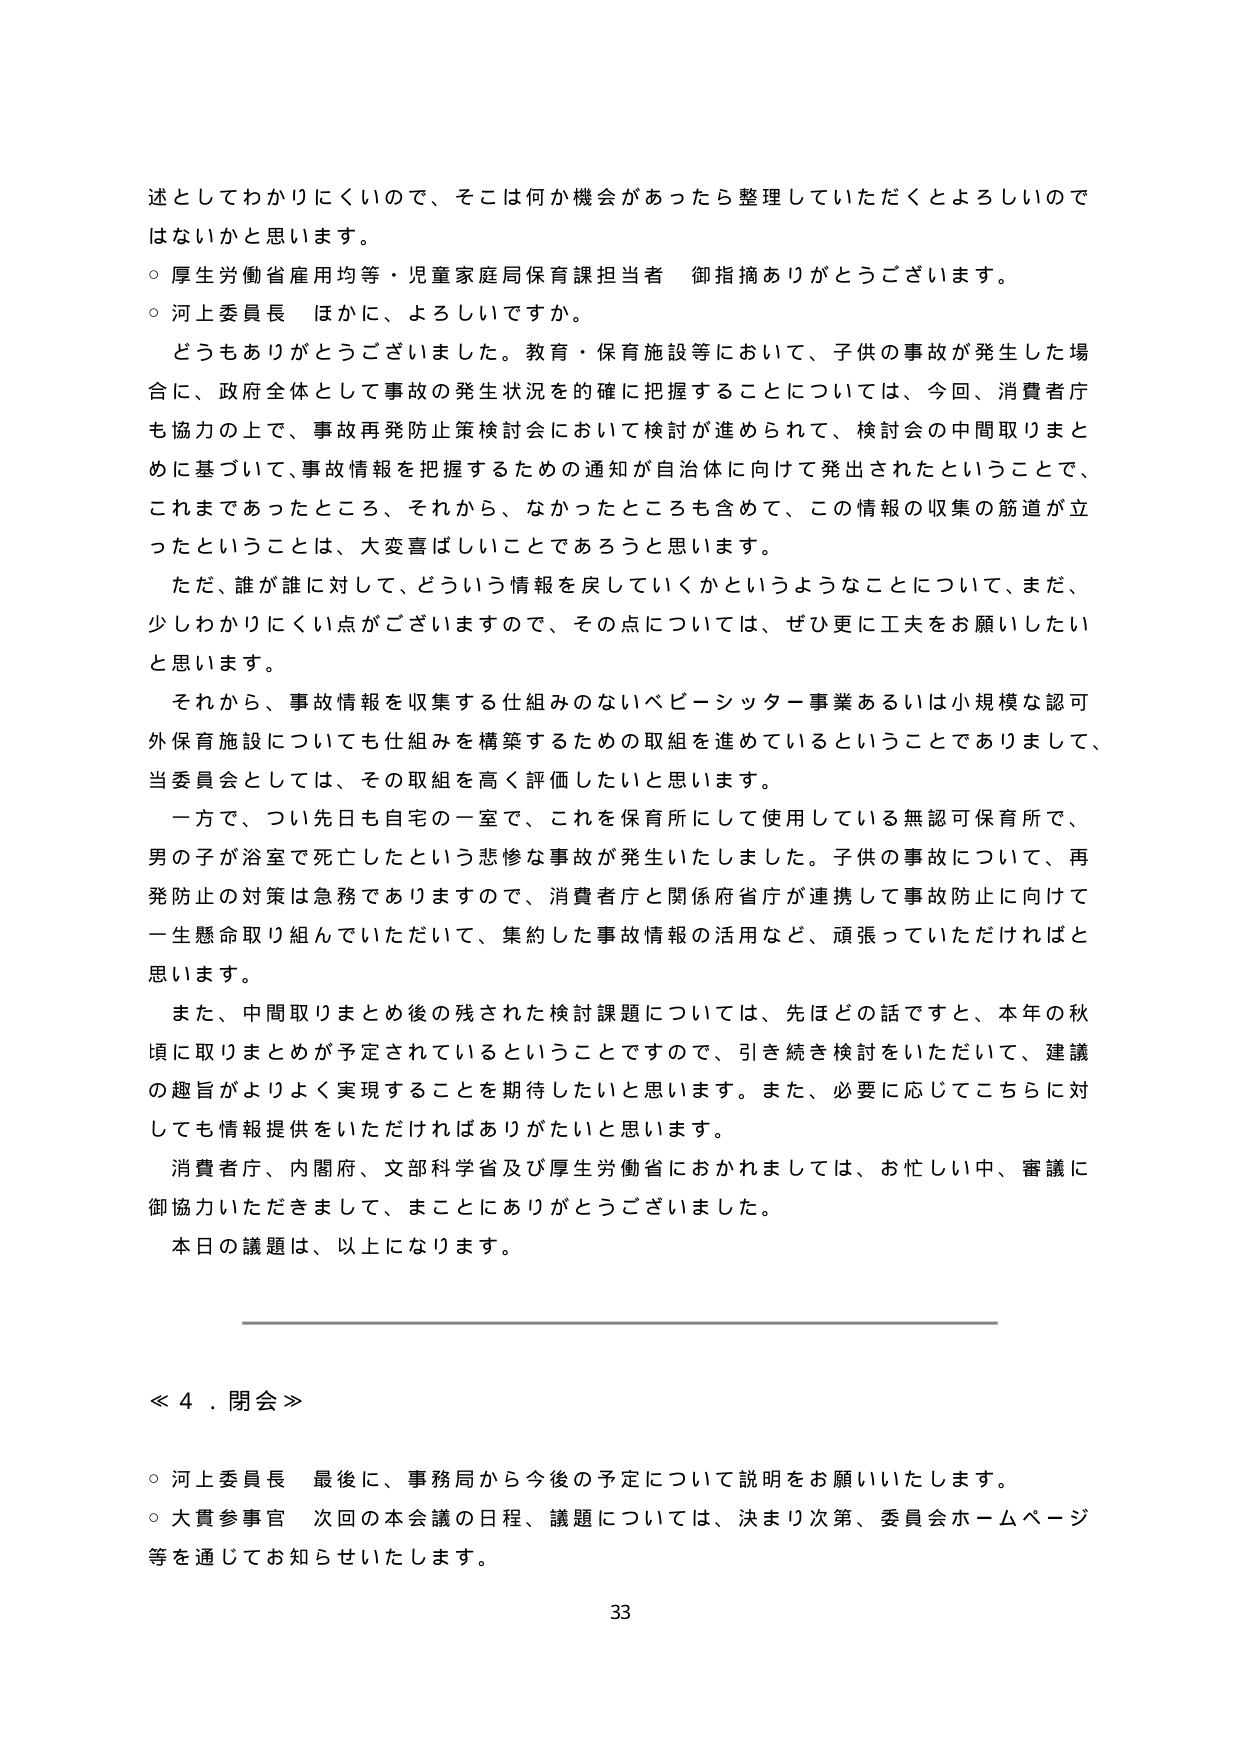
述としてわかりにくいので、そこは何か機会があったら整理していただくとよろしいのではないかと思います。

○ 厚生労働省雇用均等・児童家庭局保育課担当者 御指摘ありがとうございます。

○ 河上委員長 ほかに、よろしいですか。

どうもありがとうございました。教育・保育施設等において、子供の事故が発生した場合に、政府全体として事故の発生状況を的確に把握することについては、今回、消費者庁も協力の上で、事故再発防止策検討会において検討が進められて、検討会の中間取りまとめに基づいて、事故情報を把握するための通知が自治体に向けて発出されたということで、これまでもあったところ、それから、なかったところも含めて、この情報の収集の筋道が立ったということは、大変喜ばしいことであろうと思います。

ただ、誰が誰に対して、どういう情報を戻していくかというようなことについて、まだ、少しわかりにくい点がございますので、その点については、ぜひ更に工夫をお願いしたいと思います。

それから、事故情報を収集する仕組みのないベビーシッター事業あるいは小規模な認可外保育施設についても仕組みを構築するための取組を進めているということでありますし、当委員会としては、その取組を高く評価したいと思います。

一方で、つい先日も自宅の一室で、これを保育所にして使用している無認可保育所で、男の子が浴室で死亡したという悲惨な事故が発生いたしました。子供の事故について、再発防止の対策は急務でありますので、消費者庁と関係府省庁が連携して事故防止に向けて一生懸命取り組んでいただいて、集約した事故情報の活用など、頑張っていただければと思います。

また、中間取りまとめ後の残された検討課題については、先ほどの話ですと、本年の秋頃に取りまとめが予定されているということでございますので、引き続き検討をいただいて、建議の趣旨がよりよく実現することを期待したいと思います。また、必要に応じてこちらに対しても情報提供をいただければありがたいと思います。

消費者庁、内閣府、文部科学省及び厚生労働省におかれましては、お忙しい中、審議に御協力いただきまして、まことにありがとうございました。

本日の議題は、以上になります。

≪４．閉会≫

○ 河上委員長 最後に、事務局から今後の予定について説明をお願いいたします。

○ 大貫参事官 次回の本会議の日程、議題については、決まり次第、委員会ホームページ等を通じてお知らせいたします。

33